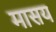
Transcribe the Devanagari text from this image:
मासय